Calcutta medical institutions reports 1871-78
Year: 1871
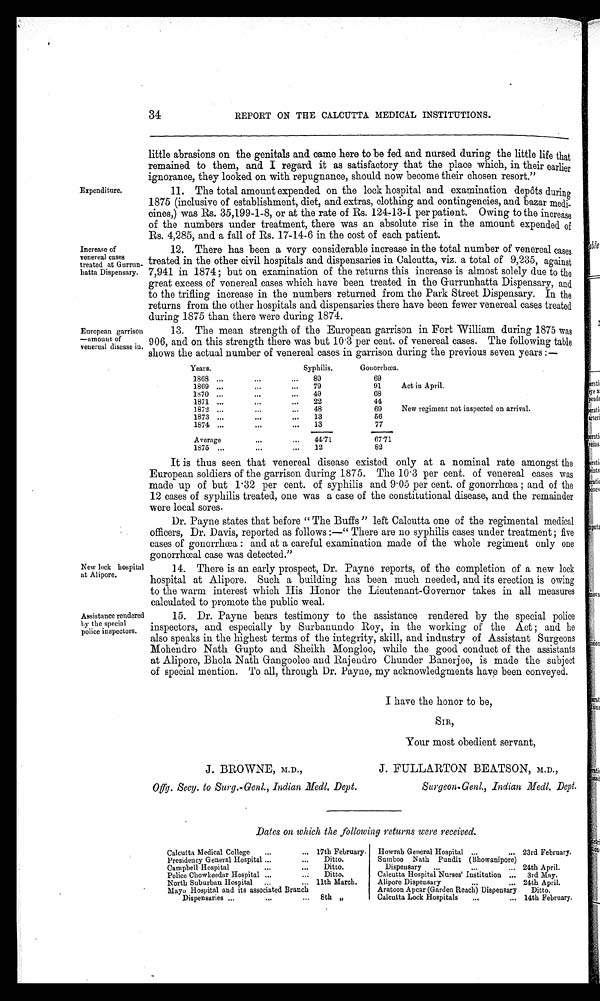
Expenditure.
Increase of
venereal cases
treated at Gurrun-
hatta Dispensary.
European garrison
—amount of
venereal disease in.
34
REPORT ON THE CALCUTTA MEDICAL INSTITUTIONS.
little abrasions on the genitals and came here to be fed and nursed during the little life that
remained to them, and I regard it as satisfactory that the place which, in their earlier
ignorance, they looked on with repugnance, should now become their chosen resort."
11. The total amount expended on the lock hospital and examination depôts during
1875 (inclusive of establishment, diet, and extras, clothing and contingencies, and bazar medi-
cines,) was Rs. 35,199-1-8, or at the rate of Rs. 124-13-1 per patient. Owing to the increase
of the numbers under treatment, there was an absolute rise in the amount expended of
Rs. 4,285, and a fall of Rs. 17-14-6 in the cost of each patient.
There has been a very considerable increase in the total number of venereal cases
treated in the other civil hospitals and dispensaries in Calcutta, viz. a total of 9,235, against
7,941 in 1874 ; but on examination of the returns this increase is almost solely due to the
great excess of venereal cases which have been treated in the Gurrunhatta Dispensary, and
to the trifling increase in the numbers returned from the Park Street Dispensary. In the
returns from the other hospitals and dispensaries there have been fewer venereal cases treated
during 1875 than there were during 1874.
The mean strength of the European garrison in Fort William during 1875 was
906, and on this strength there was but 10. . 3 p e r c e n t . o f v e n e r e a l c a s e s . T h e f o l l o w i n g t a b l e
shows the actual number of venereal cases in garrison during the previous seven years:—
Years.
Syphilis. Gonorrhœa.
1868
89
69
1869
79
91 Act in April.
1870
49
68
1871
22
44
1872
48
69 New regiment not inspected on arrival.
1873
13
56
1874
13
77
Average
44.71
67.71
1875
12
82
New lock hospital
at Alipore.
Assistance rendered
by the special
police inspectors.
It is thus seen that venereal disease existed only at a nominal rate amongst the
European soldiers of the garrison during 1875. The 10.3 per cent. of venereal cases was
made up of but 1 .32 per cent. of syphilis and 9.05 per cent. of gonorrhœa; and of the
12 cases of syphilis treated, one was a case of the constitutional disease, and the remainder
were local sores.
Dr. Payne states that before "The Buffs" left Calcutta one of the regimental medical
officers, Dr. Davis, reported as follows:—" There are no syphilis cases under treatment; five
e a s e s o f g o n o r r h œ a : a n d a t a c a r e f u l e x a m i n a t i o n m a d e o f t h e w h o l e r e g i m e n t o n l y o n e
gonorrheal case was detected."
There is an early prospect, Dr. Payne reports, of the completion of a new lock
hospital at Alipore. Such a building has been much needed, and its erection is owing
to the warm interest which His Honor the Lieutenant-Governor takes in all measures
calculated to promote the public weal.
Dr. Payne bears testimony to the assistance rendered by the special police
inspectors, and especially by Surbanundo Roy, in the working of the Act; and he
also speaks in the highest terms of the integrity, skill, and industry of Assistant Surgeons
Mohendro Nath Gupto and Sheikh Mongloo, while the good conduct of the assistants
at Alipore, Bhola Nath Gangoolee and Rajendro Chunder Banerjee, is made the subject
of special mention. To all, through Dr. Payne, my acknowledgments have been conveyed.
I have the honor to be,
SIR,
Your most obedient servant,
J. BROWNE, M.D.,
Offg. Secy. to Surg.-Genl., Indian Medl. Dept.
J. FULLARTON BEATSON, M.D.,
Surgeon-Genl., Indian Medl. Dept,
Dates on which the following returns were received.
Calcutta Medical College
17th February. Howrah General Hospital
23rd February.
Presidency General Hospital
Ditto.
Sumboo Nath P u n d i t ( B h o wa n i p o r e )
Campbell Hospital
Ditto.
Dispensary
24th April.
Police Chowkeedar Hospital
Ditto.
Calcutta Hospital Nurses' Institution 3rd May.
North Suburban Hospital
11th March. Alipore Dispensary
24th April.
Mayo Hospital and its associated Branch
Aratoon Apcar (Garden Reach) Dispensary Ditto.
Dispensaries
8th „
Calcutta Lock Hospitals
14th February.